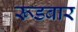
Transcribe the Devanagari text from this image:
रूडबार